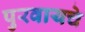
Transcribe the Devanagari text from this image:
पुरवायचे